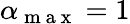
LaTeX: \alpha_{\mathrm{~m~a~x~}}=1